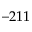
- 2 1 1